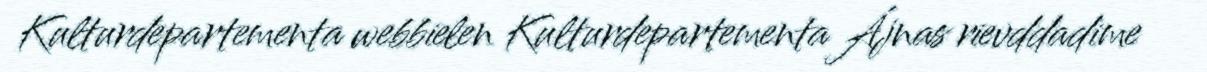
Kulturdepartementa webbielen Kulturdepartementa Ájnas rievddadime